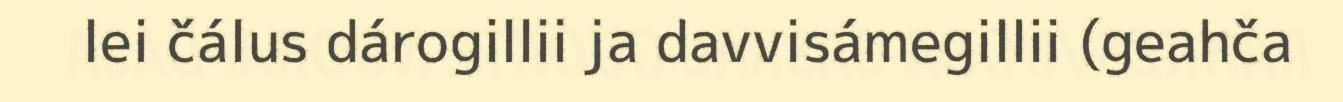
lei čálus dárogillii ja davvisámegillii (geahča